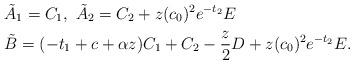
LaTeX: \begin{align*}& \tilde{A}_{1} = C_{1},\ \tilde{A}_{2} = C_{2} + z (c_{0})^{2}e^{-t_{2}} E\\& \tilde{B} = (-t_{1} + c +\alpha z) C_{1} + C_{2} -\frac{z}{2} D + z(c_{0})^{2} e^{-t_{2}} E.\end{align*}